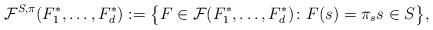
LaTeX: \begin{align*}\mathcal{F}^{S,\pi}(F_1^\ast,\dots,F_d^\ast) := \big\{F\in\mathcal{F}(F_1^\ast,\dots,F_d^\ast)\colon F(s) = \pi_s s\in S\big\},\end{align*}